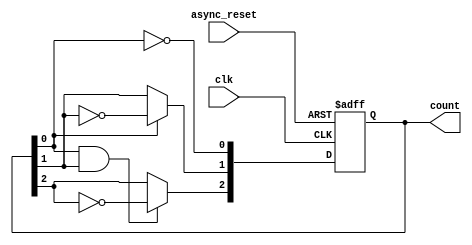
module async_counter (
    input wire clk,         // Clock input
    input wire async_reset, // Asynchronous reset signal
    output reg [n-1:0] count // Counter output (n bits)
);
    parameter n = 3; // Number of bits for the counter (3-bit counter)

    always @(posedge clk or posedge async_reset) begin
        if (async_reset) begin
            count <= 0; // Reset the count to 0
        end else begin
            count[0] <= ~count[0]; // Toggle LSB
            // Ripple effect for other bits
            count[1] <= count[0] ? ~count[1] : count[1];
            count[2] <= (count[0] & count[1]) ? ~count[2] : count[2];
            // Add more bits for higher count if needed
        end
    end
endmodule